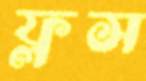
ফ্লস